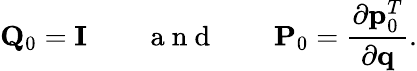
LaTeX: {\mathbf Q}_{0}={\mathbf I}\qquad\mathrm{~a~n~d~}\qquad{\mathbf P}_{0}=\frac{\partial{\mathbf p}_{0}^{T}}{\partial{\mathbf q}}.